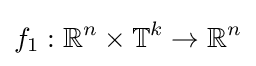
f_{1}:\mathbb {R} ^{n}\times \mathbb {T} ^{k}\to \mathbb {R} ^{n}